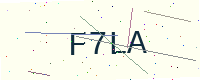
Text: F7LA